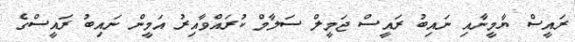
ރައީސް ޔާމީނާއި ނައިބު ރައީސް ޖަމީލް ސަލާމް ކުރައްވާއިރު އަމީން ނައިބު ރައީސްގެ